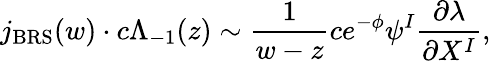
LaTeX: j_{\mathrm{BRS}}(w)\cdot c\Lambda_{-1}(z)\sim\frac{1}{w-z}ce^{-\phi}\psi^{I}\frac{\partial\lambda}{\partial X^{I}},